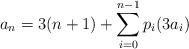
LaTeX: \begin{align*}a_n = 3(n + 1) + \sum_{i = 0}^{n-1} p_i(3a_i)\end{align*}